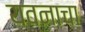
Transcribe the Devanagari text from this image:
यवनाचा